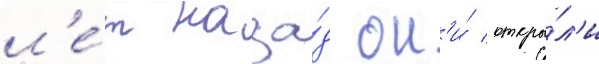
л'е́т наза́д он'и́ откры́л'и